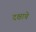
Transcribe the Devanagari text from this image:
दक्षाचे